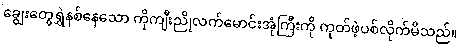
ချွေးတွေရွှဲနစ်နေသော ကိုကျီးညိုလက်မောင်းအုံကြီးကို ကုတ်ဖဲ့ပစ်လိုက်မိသည်။